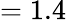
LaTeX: =1.4